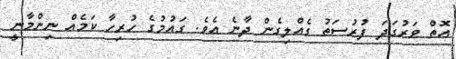
އޮތް ވަރުގަދަ ފުުރުސަތު ގެއްލިގެން ދާނެ އެވެ. ގައުމުގެ ހުރިހާ ކަމެއް ނިންމާނީ